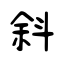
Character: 斜